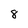
Character: 8